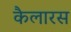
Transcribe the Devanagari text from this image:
कैलारस